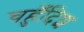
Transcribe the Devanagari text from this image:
चहुँदिश